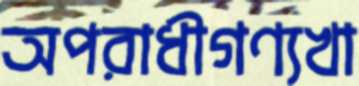
অপরাধীগণ্যখা